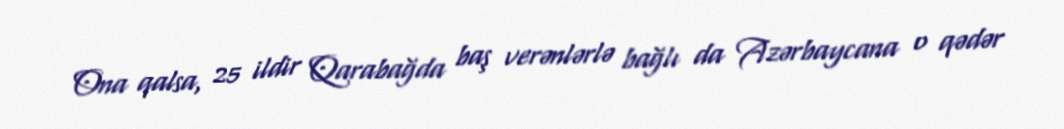
Ona qalsa, 25 ildir Qarabağda baş verənlərlə bağlı da Azərbaycana o qədər